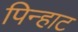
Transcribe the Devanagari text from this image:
पिन्हाट